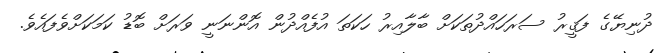
ދުނިޔޭގެ ފަޤީރު ސަރަހައްދުތަކަށް ބާލާއިރު ހަކަތަ އުފެއްދުން އޮންނަނީ ވަރަށް ބޮޑު ކަމަކަށްވެފައެވެ.